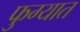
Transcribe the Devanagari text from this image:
फुग्यात